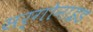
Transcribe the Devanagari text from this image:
सर्गोनाइड